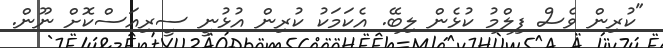
"ކުރިން ވެސް ފިލްމު ކުޅެން ލިބޭ. އެކަމަކު ކުރިން އުޅުނީ ސީރިއަސްކޮށް ނޫން.